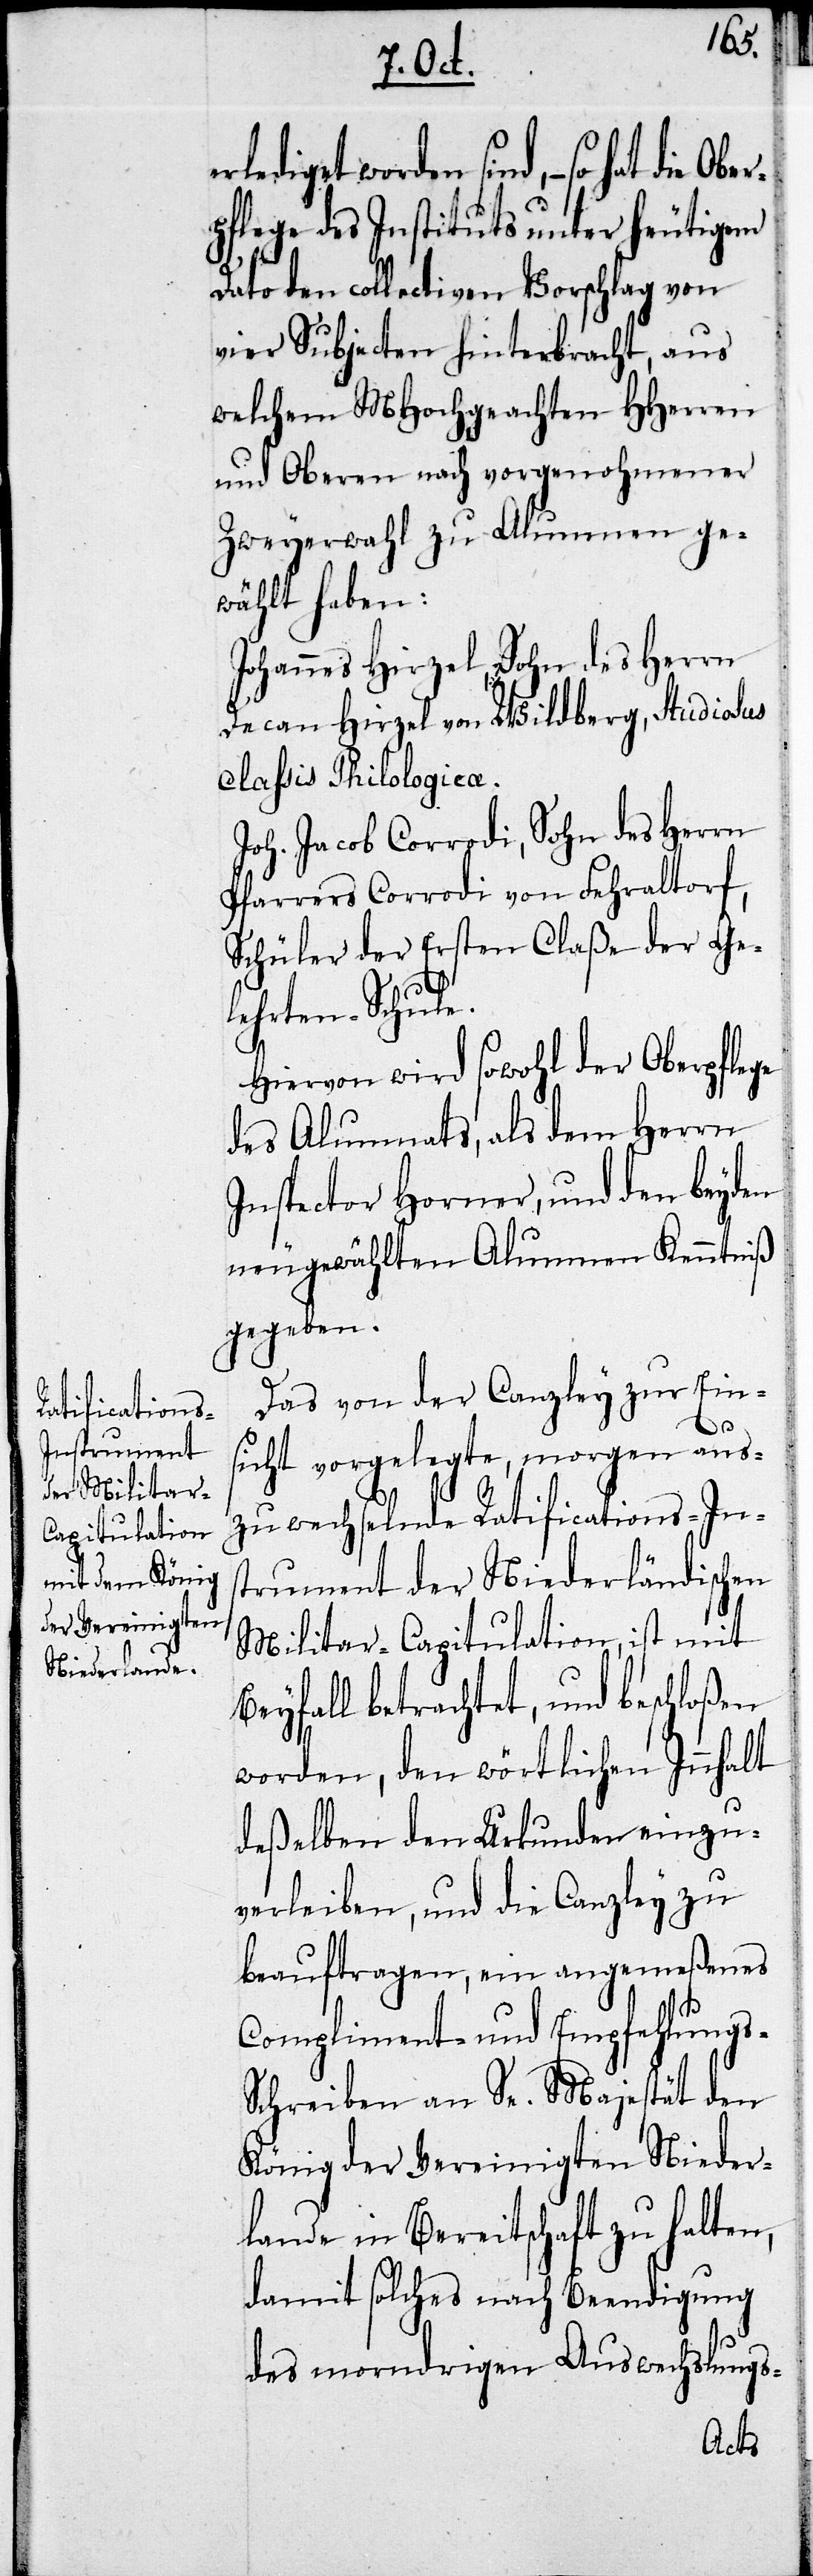
worden sind, – so hat die Ober¬
pflege des Instituts unter heutigem
Dato den collectiven Vorschlag von
vier Subjecten hinterbracht, aus
welchem MHochgeachten HHerren
und Oberen nach vorgenohmener
Zweyerwahl zu Alumnen ge¬
wählt haben:
Johannes Hirzel, Sohn des Herrn
Decan Hirzel von Wildberg, Studiosus
claßis Philologicae.
Joh. Jacob Corrodi, Sohn des Herrn
Pfarrers Corrodi von Fehraltorf,
Schüler der Ersten Claße der Ge¬
lehrten-Schule.
Hievon wird sowohl der Oberpflege
des Alumnats, als dem Herrn
Inspector Horner, und den beyden
neugewählten Alumnen Kenntniß
gegeben.
Das von der Canzley zur Ein¬
sicht vorgelegte, morgen aus¬
zuwechselnde Ratifications-In¬
strument der Niederländischen
Militar-Capitulation, ist mit
Beyfall betrachtet, und beschloßen
worden, den wörtlichen Innhalt
deßelben den Urkunden einzu¬
verleiben, und die Canzley zu
beauftragen, ein angemeßenes
Compliment und Empfehlungs-S¬
chreiben an Se. Majestät den
König der Vereinigten Nieder¬
lande in Bereitschaft zu halten,
damit solches nach Beendigung
des morndrigen Auswechslung¬
s-Acts